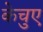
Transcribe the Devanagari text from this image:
केचुए